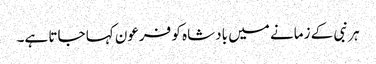
ہر نبی کے زمانے میں بادشاہ کو فرعون کہا جاتا ہے۔